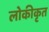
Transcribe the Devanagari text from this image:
लोकीकृत